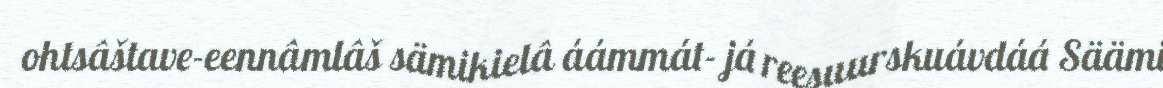
ohtsâštave-eennâmlâš sämikielâ áámmát- já reesuurskuávdáá Säämi